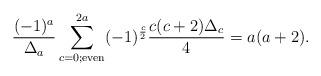
LaTeX: \begin{align*}{ (-1)^{a} \over \Delta_{a} }\sum_{c=0; {\rm even}}^{2a} (-1)^{\frac{c}{2}} { c(c+2) \Delta_{c} \over 4} = a(a+2).\end{align*}